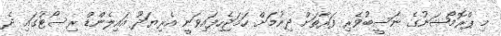
މި ޕްރޮމޯޝަނުގެ ނަސީބުވެރި ފަރާތަށް ދިނުމަށް ހަމަޖެހިފައިވަނީ އެރިޔަދޫ އައިލެންޑް ރިސޯޓުގައި ދެ